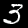
Digit: 3